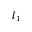
l _ { 1 }